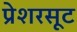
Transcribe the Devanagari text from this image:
प्रेशरसूट